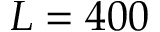
L = 4 0 0